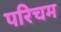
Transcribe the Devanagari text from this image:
परिचम